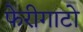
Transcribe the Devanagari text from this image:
फेरीगाटो